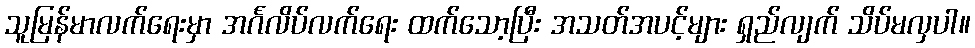
သူမြန်မာလက်ရေးမှာ အင်္ဂလိပ်လက်ရေး ထက်သော့ပြီး အသတ်အပင့်များ ရှည်လျက် သိပ်မလှပါ။